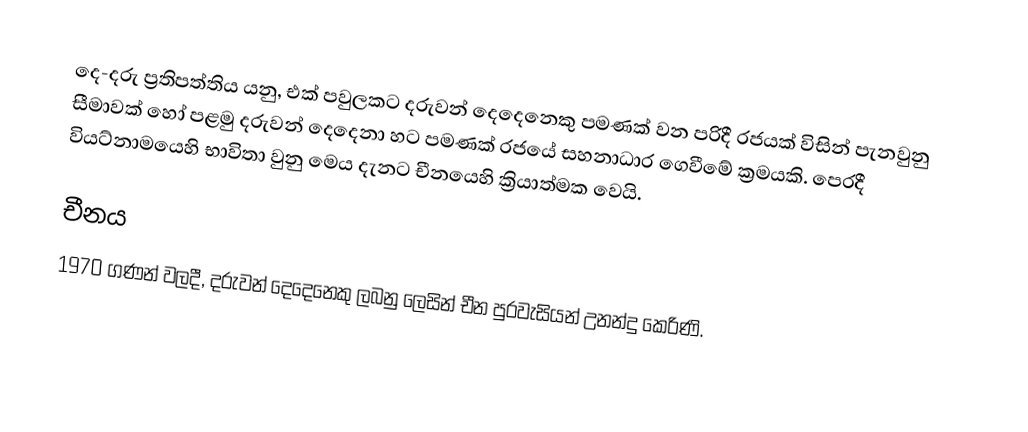
දෙ-දරු ප්‍රතිපත්තිය යනු, එක් පවුලකට දරුවන් දෙදෙනෙකු පමණක් වන පරිදී රජයක් විසින් පැනවුනු සීමාවක් හෝ පළමු දරුවන් දෙදෙනා හට පමණක් රජයේ සහනාධාර ගෙවීමේ ක්‍රමයකි. පෙරදී වියට්නාමයෙහි භාවිතා වුනු මෙය දැනට චීනයෙහි ක්‍රියාත්මක වෙයි.

චීනය
1970 ගණන් වලදී, දරුවන් දෙදෙනෙකු ලබනු ලෙසින් චීන පුරවැසියන් උනන්දු කෙරිණි.